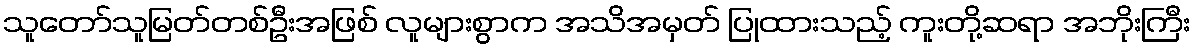
သူတော်သူမြတ်တစ်ဦးအဖြစ် လူများစွာက အသိအမှတ် ပြုထားသည့် ကူးတို့ဆရာ အဘိုးကြီး